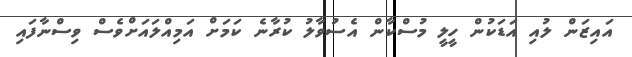
އައިޒަން ލުއި އަޑަކުން ހީލީ މުސްކާން އެސުވާލު ކުރާނެ ކަމަށް އަމިއްލައަށްވެސް ވިސްނާފައި